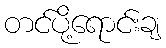
တင်ပို့ရောင်းချ